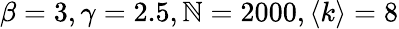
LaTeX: \beta=3,\gamma=2.5,\mathbb{N}=2000,\left<k\right>=8